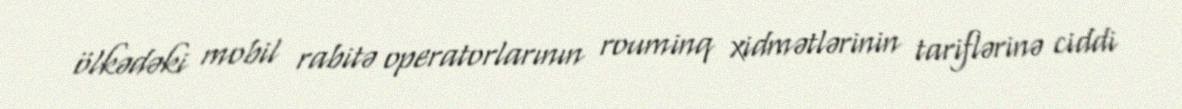
ölkədəki mobil rabitə operatorlarının rouminq xidmətlərinin tariflərinə ciddi